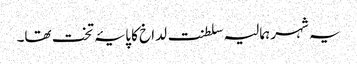
یہ شہر ہمالیہ سلطنت لداخ کا پایۂ تخت تھا۔